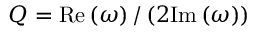
Q = \mathrm { R e } \left( \omega \right) / \left( 2 \mathrm { I m } \left( \omega \right) \right)